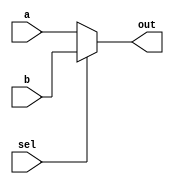
module Mux32bit(a, b, out,
sel);
   
   input [31:0]a;
   input[31:0]b;
   input sel;
   output [31:0]out;
  // initial
  // begin
   //  out = 0;
  // end
  
   assign out = sel ? b : a;
endmodule

module mux_test();
  reg [31:0] a;
  reg [31:0] b;
  reg sel;
  wire [31:0]out;
  Mux32bit mux(.a(a),.b(b),.out(out),.sel(sel));
  
  initial
  begin
  a=4'd7;
  b=4'd3;
  sel=1'd1;
  #500 sel = 1'd0;
  #100 sel=1'd1;
end
  
endmodule